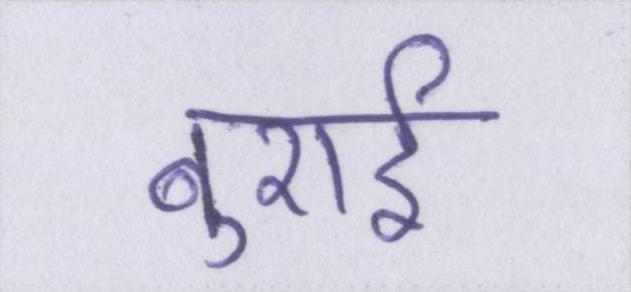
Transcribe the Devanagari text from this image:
बुराई